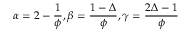
\alpha = 2 - { \frac { 1 } { \phi } } , \beta = { \frac { 1 - \Delta } { \phi } } , \gamma = { \frac { 2 \Delta - 1 } { \phi } }